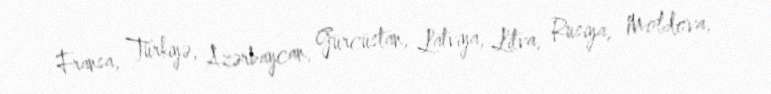
Fransa, Türkiyə, Azərbaycan, Gürcüstan, Latviya, Litva, Rusiya, Moldova,